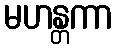
မဟန္တကာ